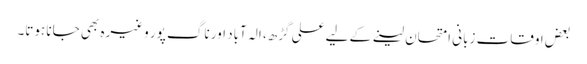
بعض اوقات زبانی امتحان لینے کے لیے علی گڑھ، الہ آباد اور ناگ پور وغیرہ بھی جانا ہوتا۔